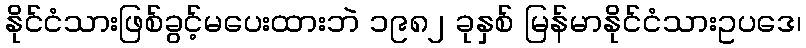
နိုင်ငံသားဖြစ်ခွင့်မပေးထားဘဲ ၁၉၈၂ ခုနှစ် မြန်မာနိုင်ငံသားဥပဒေ၊